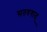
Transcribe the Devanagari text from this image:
सतवगात्